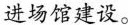
进场馆建设。